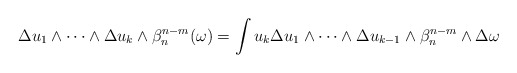
\begin{align*} \begin{aligned}\Delta u_1\wedge\dots\wedge\Delta u_k&\wedge\beta_n^{n-m}(\omega)=\int u_k\Delta u_1\wedge\dots\wedge\Delta u_{k-1}\wedge\beta_n^{n-m}\wedge\Delta \omega\end{aligned} \end{align*}